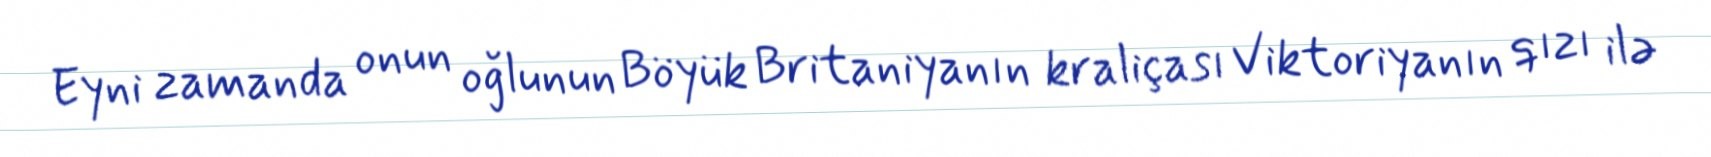
Eyni zamanda onun oğlunun Böyük Britaniyanın kraliçası Viktoriyanın qızı ilə